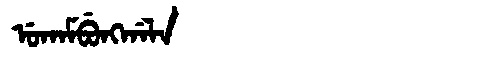
Manchu: ᡠᡴᠠᠮᠪᡠᠩᡤᠠᠯᠠ
Romanization: UKAMBUNGGALA